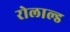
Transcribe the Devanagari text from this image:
रोलाल्ड